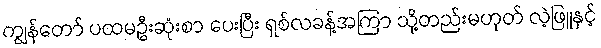
ကျွန်တော် ပထမဦးဆုံးစာ ပေးပြီး ရှစ်လခန့်အကြာ သို့တည်းမဟုတ် လဲ့ဖြူနှင့်